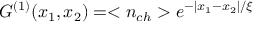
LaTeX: G ^ { ( 1 ) } ( x _ { 1 } , x _ { 2 } ) = < n _ { c h } > e ^ { - | x _ { 1 } - x _ { 2 } | / \xi }